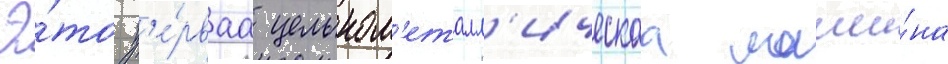
Э́то п'е́рваа цельном'еталл'ическаа маши́на